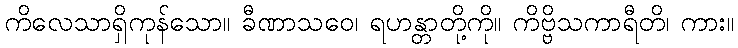
ကိလေသာရှိကုန်သော။ ခီဏာသဝေ၊ ရဟန္တာတို့ကို။ ကိဗ္ဗိသကာရီတိ၊ ကား။